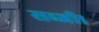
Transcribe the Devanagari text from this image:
सब्जी।